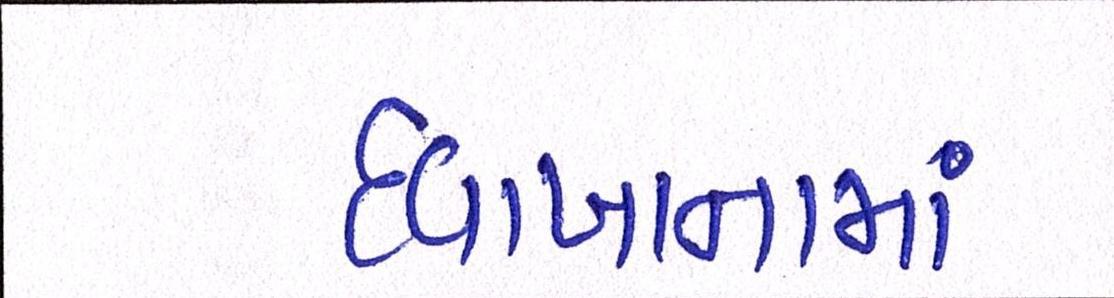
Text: દવાખાનામાં